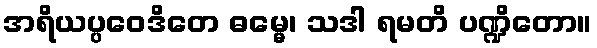
အရိယပ္ပဝေဒိတေ ဓမ္မေ၊ သဒါ ရမတိ ပဏ္ဍိတော။